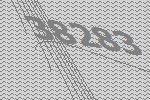
38283